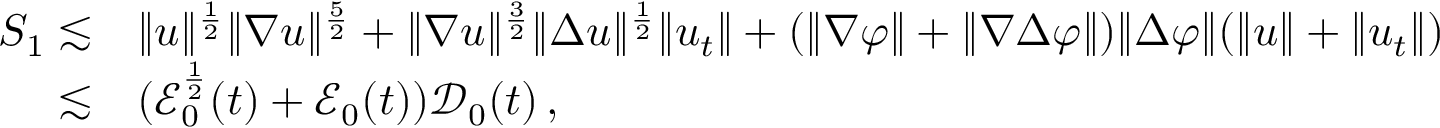
\begin{array} { r l } { S _ { 1 } \lesssim } & { \| u \| ^ { \frac { 1 } { 2 } } \| \nabla u \| ^ { \frac { 5 } { 2 } } + \| \nabla u \| ^ { \frac { 3 } { 2 } } \| \Delta u \| ^ { \frac { 1 } { 2 } } \| u _ { t } \| + ( \| \nabla \varphi \| + \| \nabla \Delta \varphi \| ) \| \Delta \varphi \| ( \| u \| + \| u _ { t } \| ) } \\ { \lesssim } & { ( \mathcal { E } _ { 0 } ^ { \frac { 1 } { 2 } } ( t ) + \mathcal { E } _ { 0 } ( t ) ) \mathcal { D } _ { 0 } ( t ) \, , } \end{array}